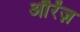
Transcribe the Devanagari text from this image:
औरेंज़